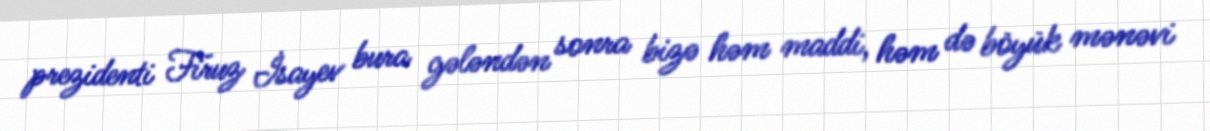
prezidenti Firuz İsayev bura gələndən sonra bizə həm maddi, həm də böyük mənəvi